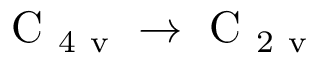
\mathrm { ~ C ~ } _ { 4 \mathrm { ~ v ~ } } \to \mathrm { ~ C ~ } _ { 2 \mathrm { ~ v ~ } }